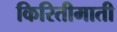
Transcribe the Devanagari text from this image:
किरितीमाती